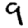
Digit: 9